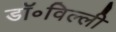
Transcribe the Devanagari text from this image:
डॉ॰विल्ली